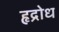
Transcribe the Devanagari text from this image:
हृद्रोध